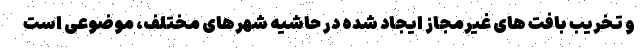
و تخریب بافت های غیرمجاز ایجاد شده در حاشیه شهرهای مختلف، موضوعی است